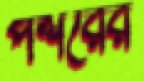
পশরের